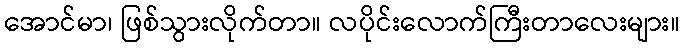
အောင်မာ၊ ဖြစ်သွားလိုက်တာ။ လပိုင်းလောက်ကြီးတာလေးများ။